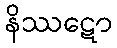
နိဿဋော